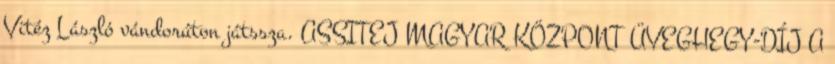
Vitéz László vándorúton játssza. ASSITEJ MAGYAR KÖZPONT ÜVEGHEGY-DÍJ A